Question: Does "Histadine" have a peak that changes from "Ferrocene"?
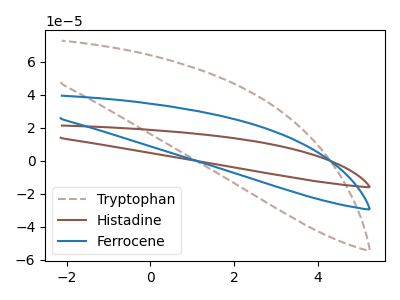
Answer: <think>The brown dashed curve "Tryptophan" has no peaks. The brown curve "Histadine" has no peaks. The blue curve "Ferrocene" has no peaks.
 Neither "Histadine" or "Ferrocene" have any peaks.</think>
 <answer>No, "Histadine" and "Ferrocene" don't appear to be significantly different in shape</answer>
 <eval>no_change</eval>